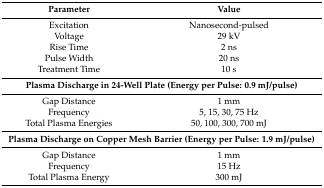
<table><thead><tr><td><b>Parameter</b></td><td><b>Value</b></td></tr></thead><tbody><tr><td>Excitation</td><td>Nanosecond-pulsed</td></tr><tr><td>Voltage</td><td>29 kV</td></tr><tr><td>Rise Time</td><td>2 ns</td></tr><tr><td>Pulse Width</td><td>20 ns</td></tr><tr><td>Treatment Time</td><td>10 s</td></tr><tr><td colspan="2"><b>Plasma Discharge in 24-Well Plate (Energy per Pulse: 0.9 mJ/pulse)</b></td></tr><tr><td>Gap Distance</td><td>1 mm</td></tr><tr><td>Frequency</td><td>5, 15, 30, 75 Hz</td></tr><tr><td>Total Plasma Energies</td><td>50, 100, 300, 700 mJ</td></tr><tr><td colspan="2"><b>Plasma Discharge on Copper Mesh Barrier (Energy per Pulse: 1.9 mJ/pulse)</b></td></tr><tr><td>Gap Distance</td><td>1 mm</td></tr><tr><td>Frequency</td><td>15 Hz</td></tr><tr><td>Total Plasma Energy</td><td>300 mJ</td></tr></tbody></table>